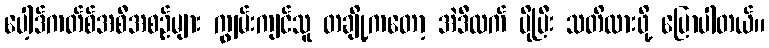
ပေါ့ဒ်ကတ်စ်အစီအစဉ်များ ကျွမ်းကျင်သူ တချို့ကတော့ အဲဒီထက် ပိုပြီး သတိထားဖို့ ပြောပါတယ်။